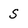
Character: S